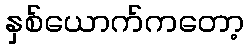
နှစ်ယောက်ကတော့